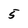
Character: 5